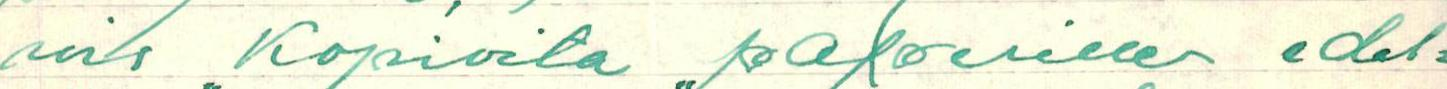
sais Kopioita paperille edel=